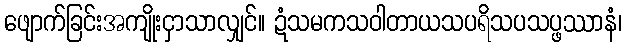
ဖျောက်ခြင်းအကျိုးငှာသာလျှင်။ ဍံသမကသဝါတာယသပရိသပသပ္ဖဿာနံ၊